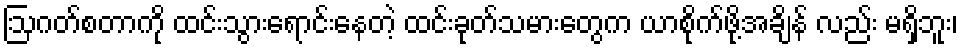
ဩဂတ်စတာကို ထင်းသွားရောင်းနေတဲ့ ထင်းခုတ်သမားတွေက ယာစိုက်ဖို့အချိန် လည်း မရှိဘူး၊